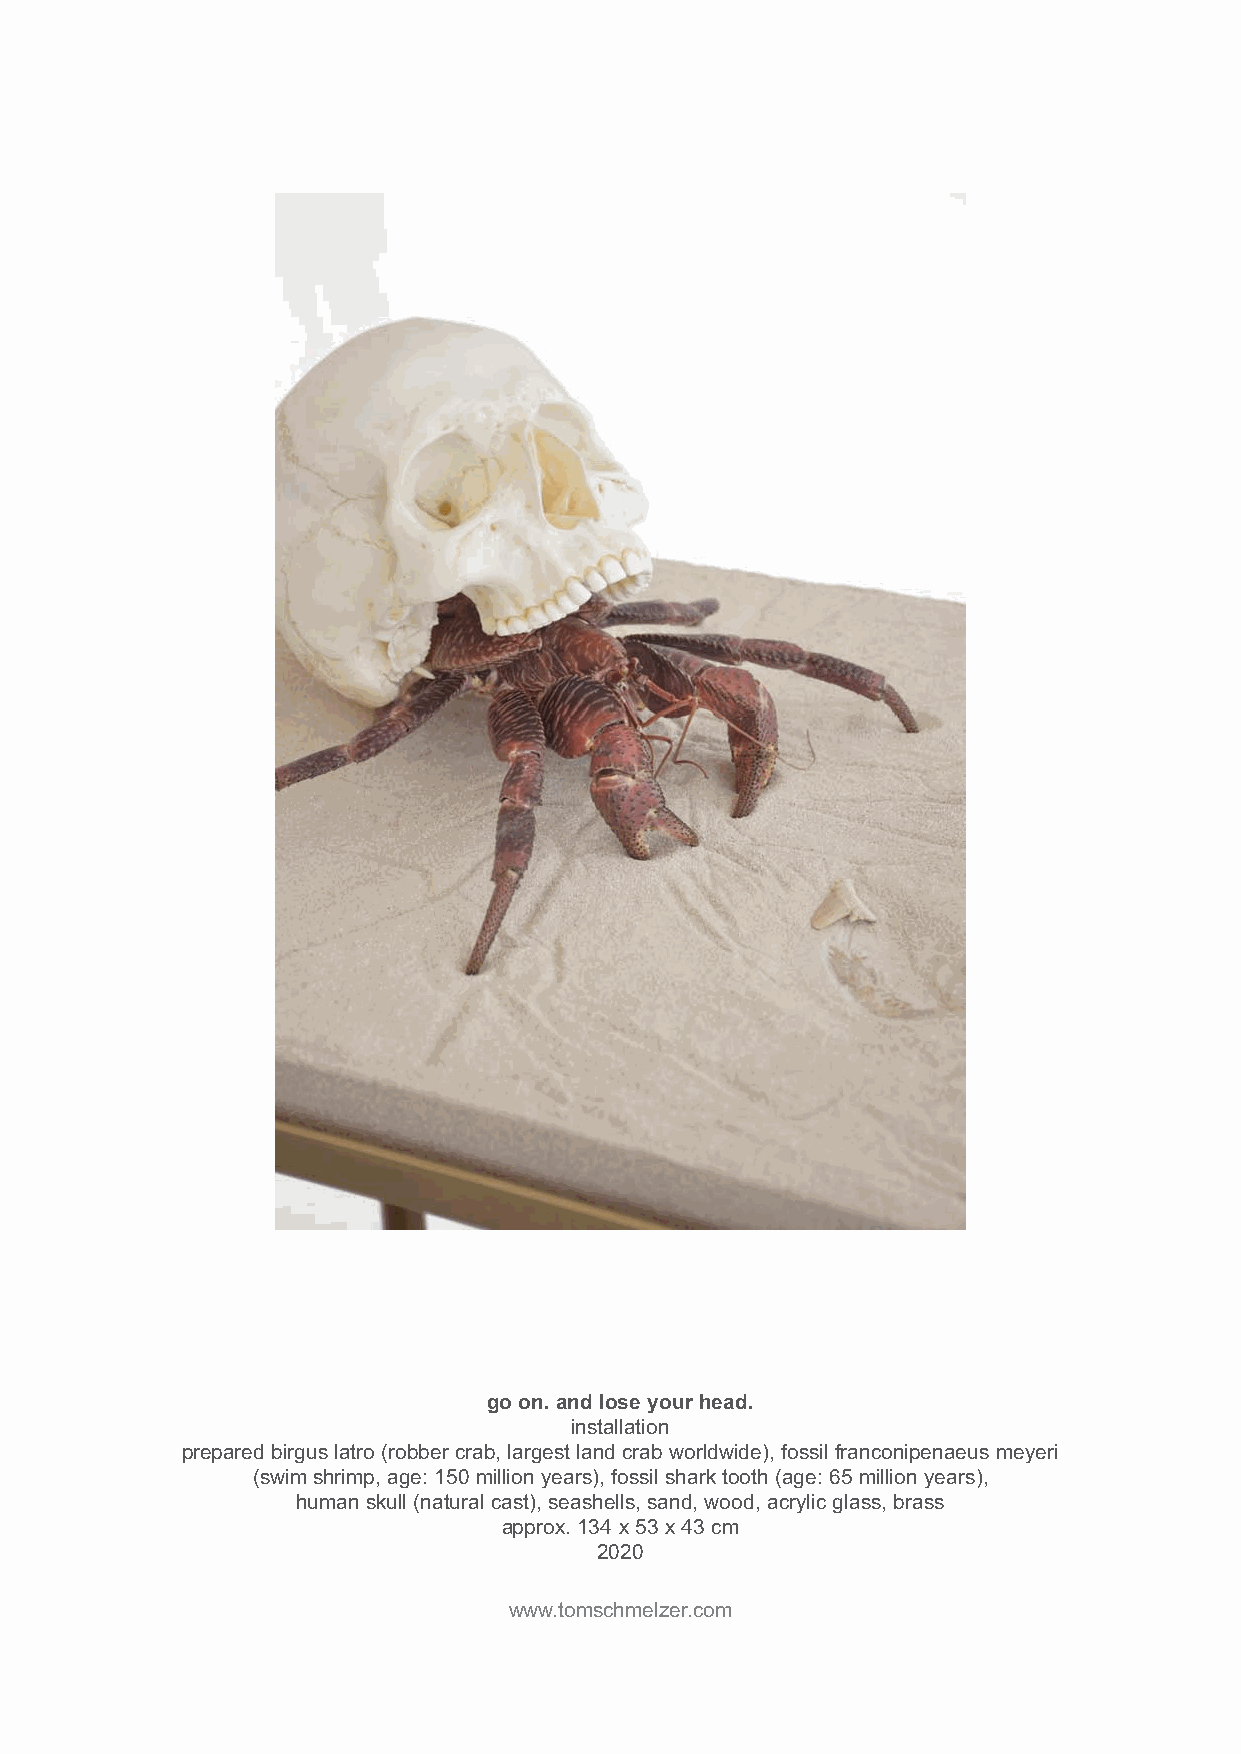
go on. and lose your head.
 installation
 prepared birgus latro (robber crab, largest land crab worldwide), fossil franconipenaeus meyeri
 (swim shrimp, age: 150 million years), fossil shark tooth (age: 65 million years),
 human skull (natural cast), seashells, sand, wood, acrylic glass, brass
 approx. 134 x 53 x 43 cm
 2020
 www.tomschmelzer.com